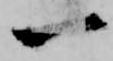
一